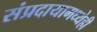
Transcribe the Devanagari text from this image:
संप्रदायामध्येही